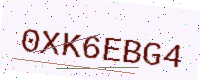
Text: 0XK6EBG4